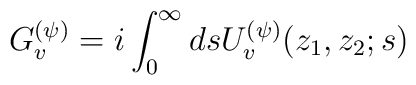
G^{(\psi)}_v = i \int_0^{\infty} ds U^{(\psi)}_v(z_1,z_2;s)